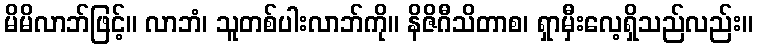
မိမိလာဘ်ဖြင့်။ လာဘံ၊ သူတစ်ပါးလာဘ်ကို။ နိဇိဂီသိတာစ၊ ရှာမှီးလေ့ရှိသည်လည်း။